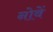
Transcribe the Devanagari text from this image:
नोवें